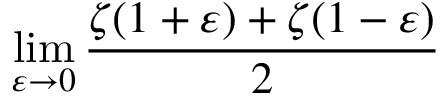
\operatorname* { l i m } _ { \varepsilon \to 0 } { \frac { \zeta ( 1 + \varepsilon ) + \zeta ( 1 - \varepsilon ) } { 2 } }